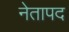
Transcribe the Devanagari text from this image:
नेतापद